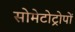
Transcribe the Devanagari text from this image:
सोमेटोट्रोपों